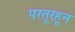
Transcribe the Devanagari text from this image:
परतूरहून